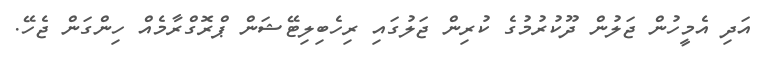
އަދި އެމީހުން ޖަލުން ދޫކުރުމުގެ ކުރިން ޖަލުގައި ރިހެބިލިޓޭޝަން ޕްރޮގްރާމެއް ހިންގަން ޖެހޭ.